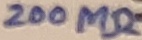
Text: 200MΩ